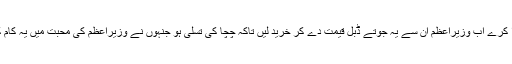
خدا کرے اب وزیراعظم ان سے یہ جوتے ڈبل قیمت دے کر خرید لیں تاکہ چچا کی تسلی ہو جنہوں نے وزیراعظم کی محبت میں یہ کام کیا۔